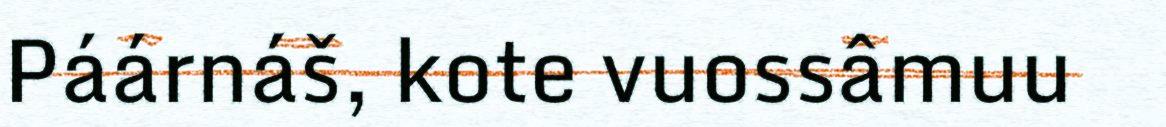
Páárnáš, kote vuossâmuu